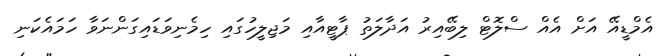
އެމްޑީއޭ އަށް އެއް ސްލޮޓް ލިބޭއިރު އަދާލަތު ޕާޓީއާއި މަޖިލީހުގައި ހިމެނިވަޑައިގަންނަވާ ހަމައެކަނި